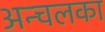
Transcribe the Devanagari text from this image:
अन्चलका